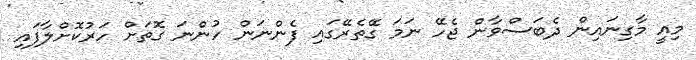
މިއީ މާގިނައިން ދެބަސްވާން ޖެހޭ ނަމަ ގޭތެރޭގައި ފެންނަން ހުންނަ ގޮތަށް ހަރުކޮށްލާފައި